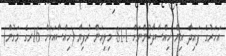
އަހަރުގެ ފައިދާ އިން ހިއްސާދާރުންނަށް 81.1 މިލިއަން ރުފިޔާ (ހިއްސާއަކަށް 16ރގެ މަގުން)